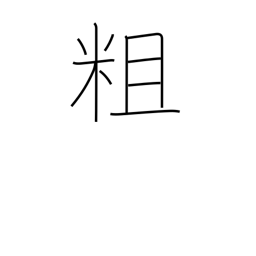
Meaning: rugged